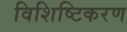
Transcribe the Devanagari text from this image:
विशिष्टिकरण